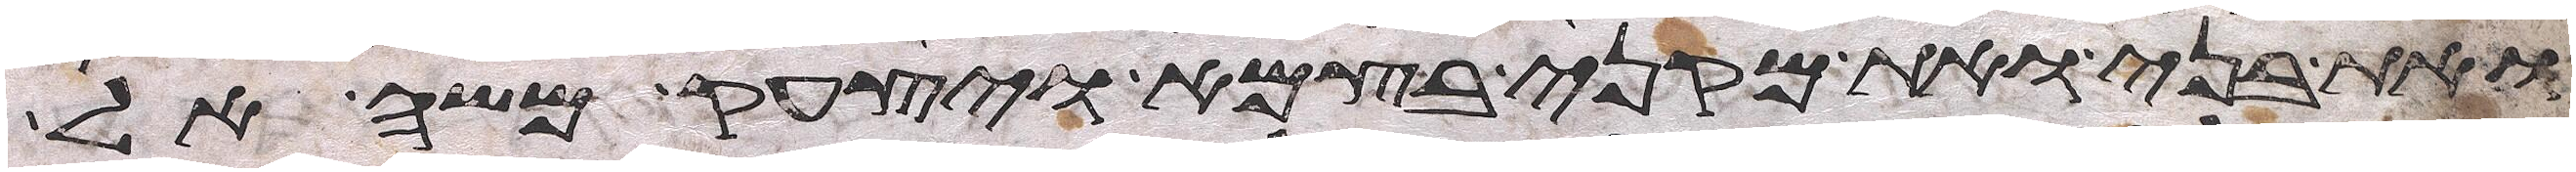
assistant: ואת בני ואת מקני בצמא ויצעק משה אל